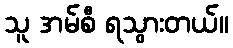
သူ အမ်စီ ရသွားတယ်။